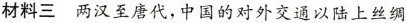
材料三 两汉至唐代，中国的对外交通以陆上丝绸